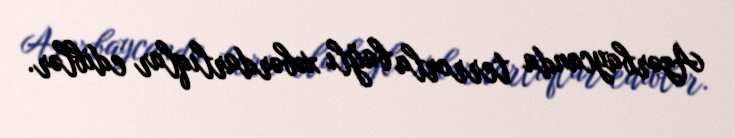
Azərbaycanda terrorla bağlı xəbərdarlıqlar ediblər.